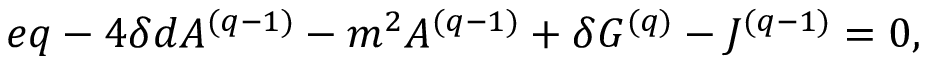
e q - 4 \delta d A ^ { ( q - 1 ) } - m ^ { 2 } A ^ { ( q - 1 ) } + \delta G ^ { ( q ) } - J ^ { ( q - 1 ) } = 0 ,